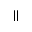
\parallel